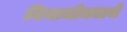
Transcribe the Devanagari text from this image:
बिनाधोक्याचे